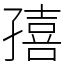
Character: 㝆